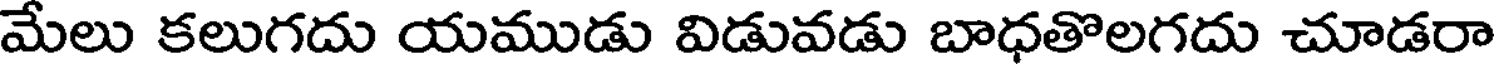
మేలు కలుగదు యముడు విడువడు బాధతొలగదు చూడరా